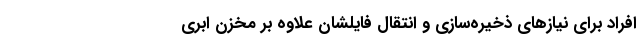
افراد برای نیازهای ذخیره‌سازی و انتقال فایلشان علاوه بر مخزن ابری